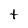
Character: t